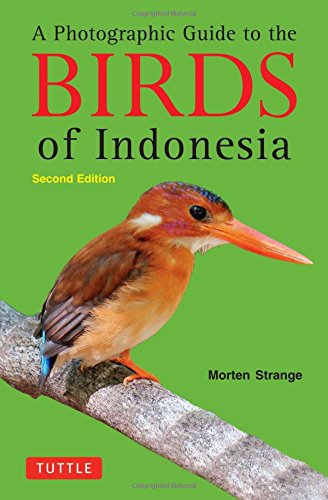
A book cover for A Photographic Guide to the Birds of Indonesia: Second Edition; Morten Strange; Reference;